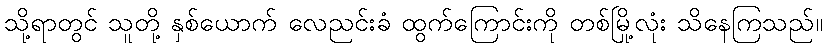
သို့ရာတွင် သူတို့ နှစ်ယောက် လေညင်းခံ ထွက်ကြောင်းကို တစ်မြို့လုံး သိနေကြသည်။